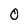
Character: O